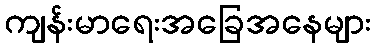
ကျန်းမာရေးအခြေအနေများ